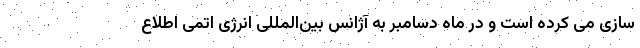
سازی می کرده است و در ماه دسامبر به آژانس بین‌المللی انرژی اتمی اطلاع